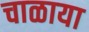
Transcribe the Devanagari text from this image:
चाळाया